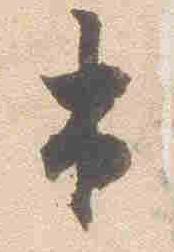
出